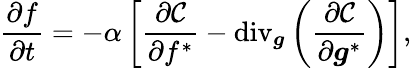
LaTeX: \frac{\partial f}{\partial t}=-\alpha\left[\frac{\partial\mathcal{C}}{\partial f^{*}}-\textrm{div}_{\boldsymbol{g}}\left(\frac{\partial\mathcal{C}}{\partial\boldsymbol{g}^{*}}\right)\right],